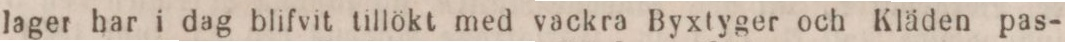
lager har i dag blifvit tillökt med vackra Byxtyger och Kläden pas-